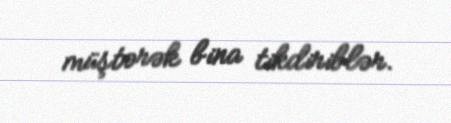
müştərək bina tikdiriblər.